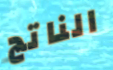
الناتج